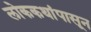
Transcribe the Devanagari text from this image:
लोककथांपासून